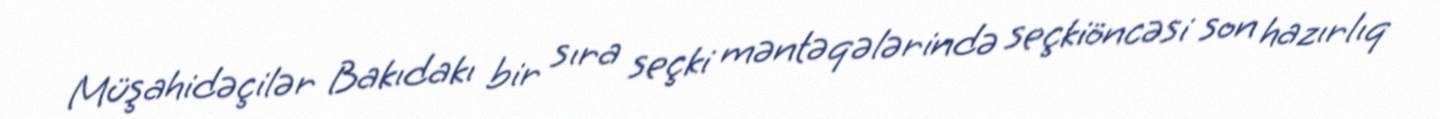
Müşahidəçilər Bakıdakı bir sıra seçki məntəqələrində seçkiöncəsi son hazırlıq